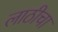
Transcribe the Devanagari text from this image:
लाठीचा